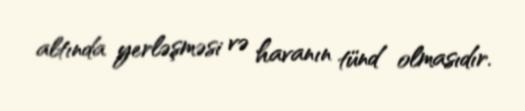
altında yerləşməsi və havanın tünd olmasıdır.